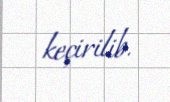
keçirilib.